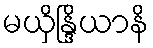
မယှိန္ဒြိယာနိ